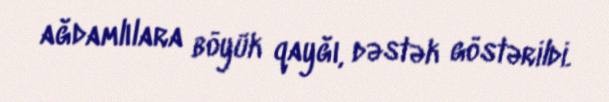
ağdamlılara böyük qayğı, dəstək göstərildi.